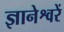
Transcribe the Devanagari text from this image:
ज्ञानेश्वरें